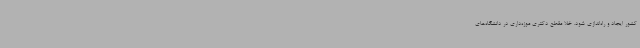
کشور ایجاد و راه‌اندازی شود. خلا مقطع دکتری موزه‌داری در دانشگاه‌های